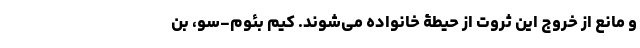
و مانع از خروج این ثروت از حیطۀ خانواده می‌شوند. کیم بئوم‌-سو، بن